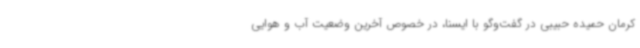
کرمان حمیده حبیبی در گفت‌وگو با ایسنا، در خصوص آخرین وضعیت آب و هوایی